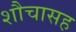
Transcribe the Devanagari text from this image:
शौचासह